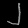
Digit: ၂